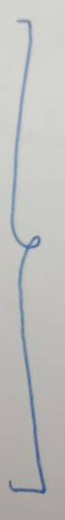
}